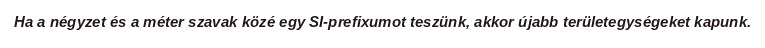
Ha a négyzet és a méter szavak közé egy SI-prefixumot teszünk, akkor újabb területegységeket kapunk.